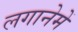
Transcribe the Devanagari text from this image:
लगानेमें